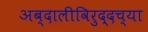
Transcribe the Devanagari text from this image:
अब्दालीविरुद्दच्या